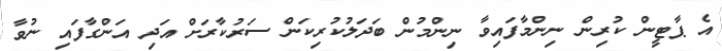
އެ ޕާޓީން ކުރިން ނިންމާފައިވާ ނިންމުން ބަދަލުކުރިކަން ސަރުކާރަށް އަދި އަންގާފައި ނުވާ